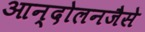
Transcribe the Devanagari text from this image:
आन्दोलनजैसे